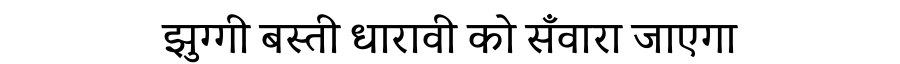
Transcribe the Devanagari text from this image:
झुग्गी बस्ती धारावी को सँवारा जाएगा